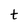
Character: t